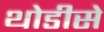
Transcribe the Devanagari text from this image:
थोडीसे